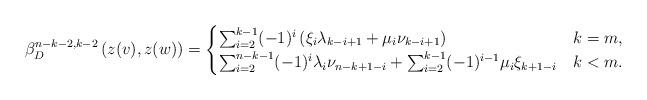
LaTeX: \begin{align*} \beta^{n-k-2,k-2}_D\left(z(v),z(w)\right)=\begin{cases}\sum_{i=2}^{k-1}(-1)^i\left(\xi_i\lambda_{k-i+1}+\mu_i\nu_{k-i+1}\right) & k=m,\\\sum_{i=2}^{n-k-1}(-1)^i\lambda_i\nu_{n-k+1-i}+\sum_{i=2}^{k-1}(-1)^{i-1}\mu_i\xi_{k+1-i} & k<m.\end{cases}\end{align*}